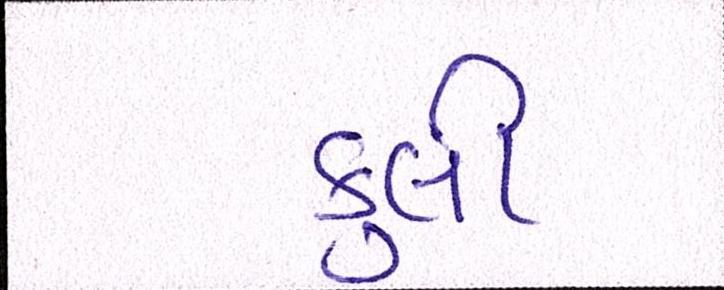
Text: કુલી